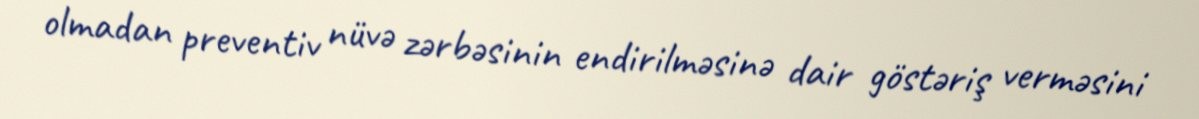
olmadan preventiv nüvə zərbəsinin endirilməsinə dair göstəriş verməsini